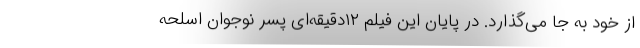
از خود به ‌جا می‌گذارد. در پایان این فیلم ۱۲دقیقه‌ای پسر نوجوان اسلحه